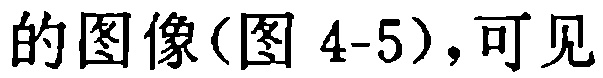
的图像(图 4-5),可见